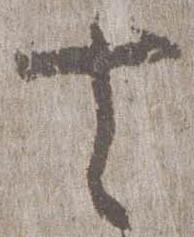
去